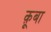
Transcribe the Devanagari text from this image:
क़ूबा